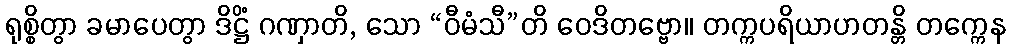
ရုစ္စိတွာ ခမာပေတွာ ဒိဋ္ဌိံ ဂဏှာတိ, သော “ဝီမံသီ”တိ ဝေဒိတဗ္ဗော။ တက္ကပရိယာဟတန္တိ တက္ကေန